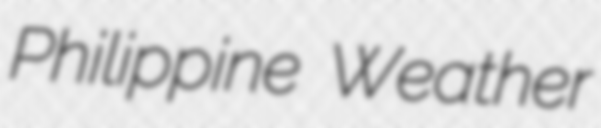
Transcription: Philippine Weather